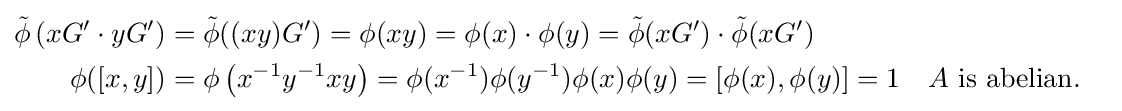
{\begin{aligned}{\tilde {\phi }}\left(xG'\cdot yG'\right)&={\tilde {\phi }}((xy)G')=\phi (xy)=\phi (x)\cdot \phi (y)={\tilde {\phi }}(xG')\cdot {\tilde {\phi }}(xG')\\\phi ([x,y])&=\phi \left(x^{-1}y^{-1}xy\right)=\phi (x^{-1})\phi (y^{-1})\phi (x)\phi (y)=[\phi (x),\phi (y)]=1&&A{\text{ is abelian.}}\end{aligned}}